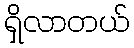
ရှိလာတယ်